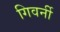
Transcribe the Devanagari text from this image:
गिवर्नी